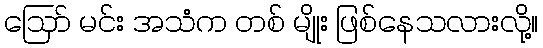
ဪ မင်း အသံက တစ် မျိုး ဖြစ်နေသလားလို့။